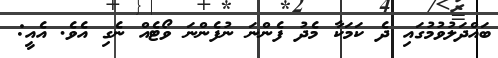
ބައްދަލުވުމުގައި ދެ ކަމަކާ މެދު ފެންނަ ނުފެންނަ ވޯޓެއް ނެގި އެވެ. އެއީ: